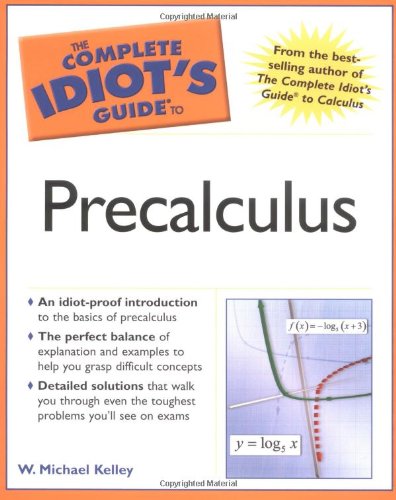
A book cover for The Complete Idiot's Guide to Precalculus; W. Michael Kelley; Science & Math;